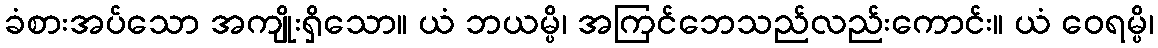
ခံစားအပ်သော အကျိုးရှိသော။ ယံ ဘယမ္ပိ၊ အကြင်ဘေသည်လည်းကောင်း။ ယံ ဝေရမ္ပိ၊